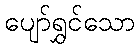
ပျော်ရွှင်သော